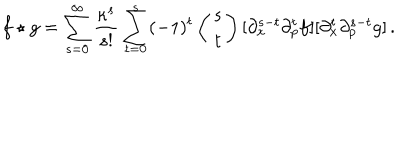
LaTeX: f \star g = \sum _ { s = 0 } ^ { \infty } \frac { \kappa ^ { s } } { s ! } \sum _ { t = 0 } ^ { s } ( - 1 ) ^ { t } \left( \begin{matrix} { { s } } \\ { { t } } \\ \end{matrix} \right) [ \partial _ { x } ^ { s - t } \partial _ { p } ^ { t } f ] [ \partial _ { x } ^ { t } \partial _ { p } ^ { s - t } g ] \, .